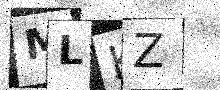
Text: MLKZ